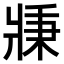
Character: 𤖉